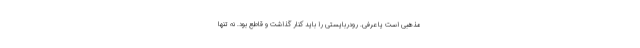
مذهبی است یا عرفی. رودربایستی را باید کنار گذاشت و قاطع بود. نه تنها